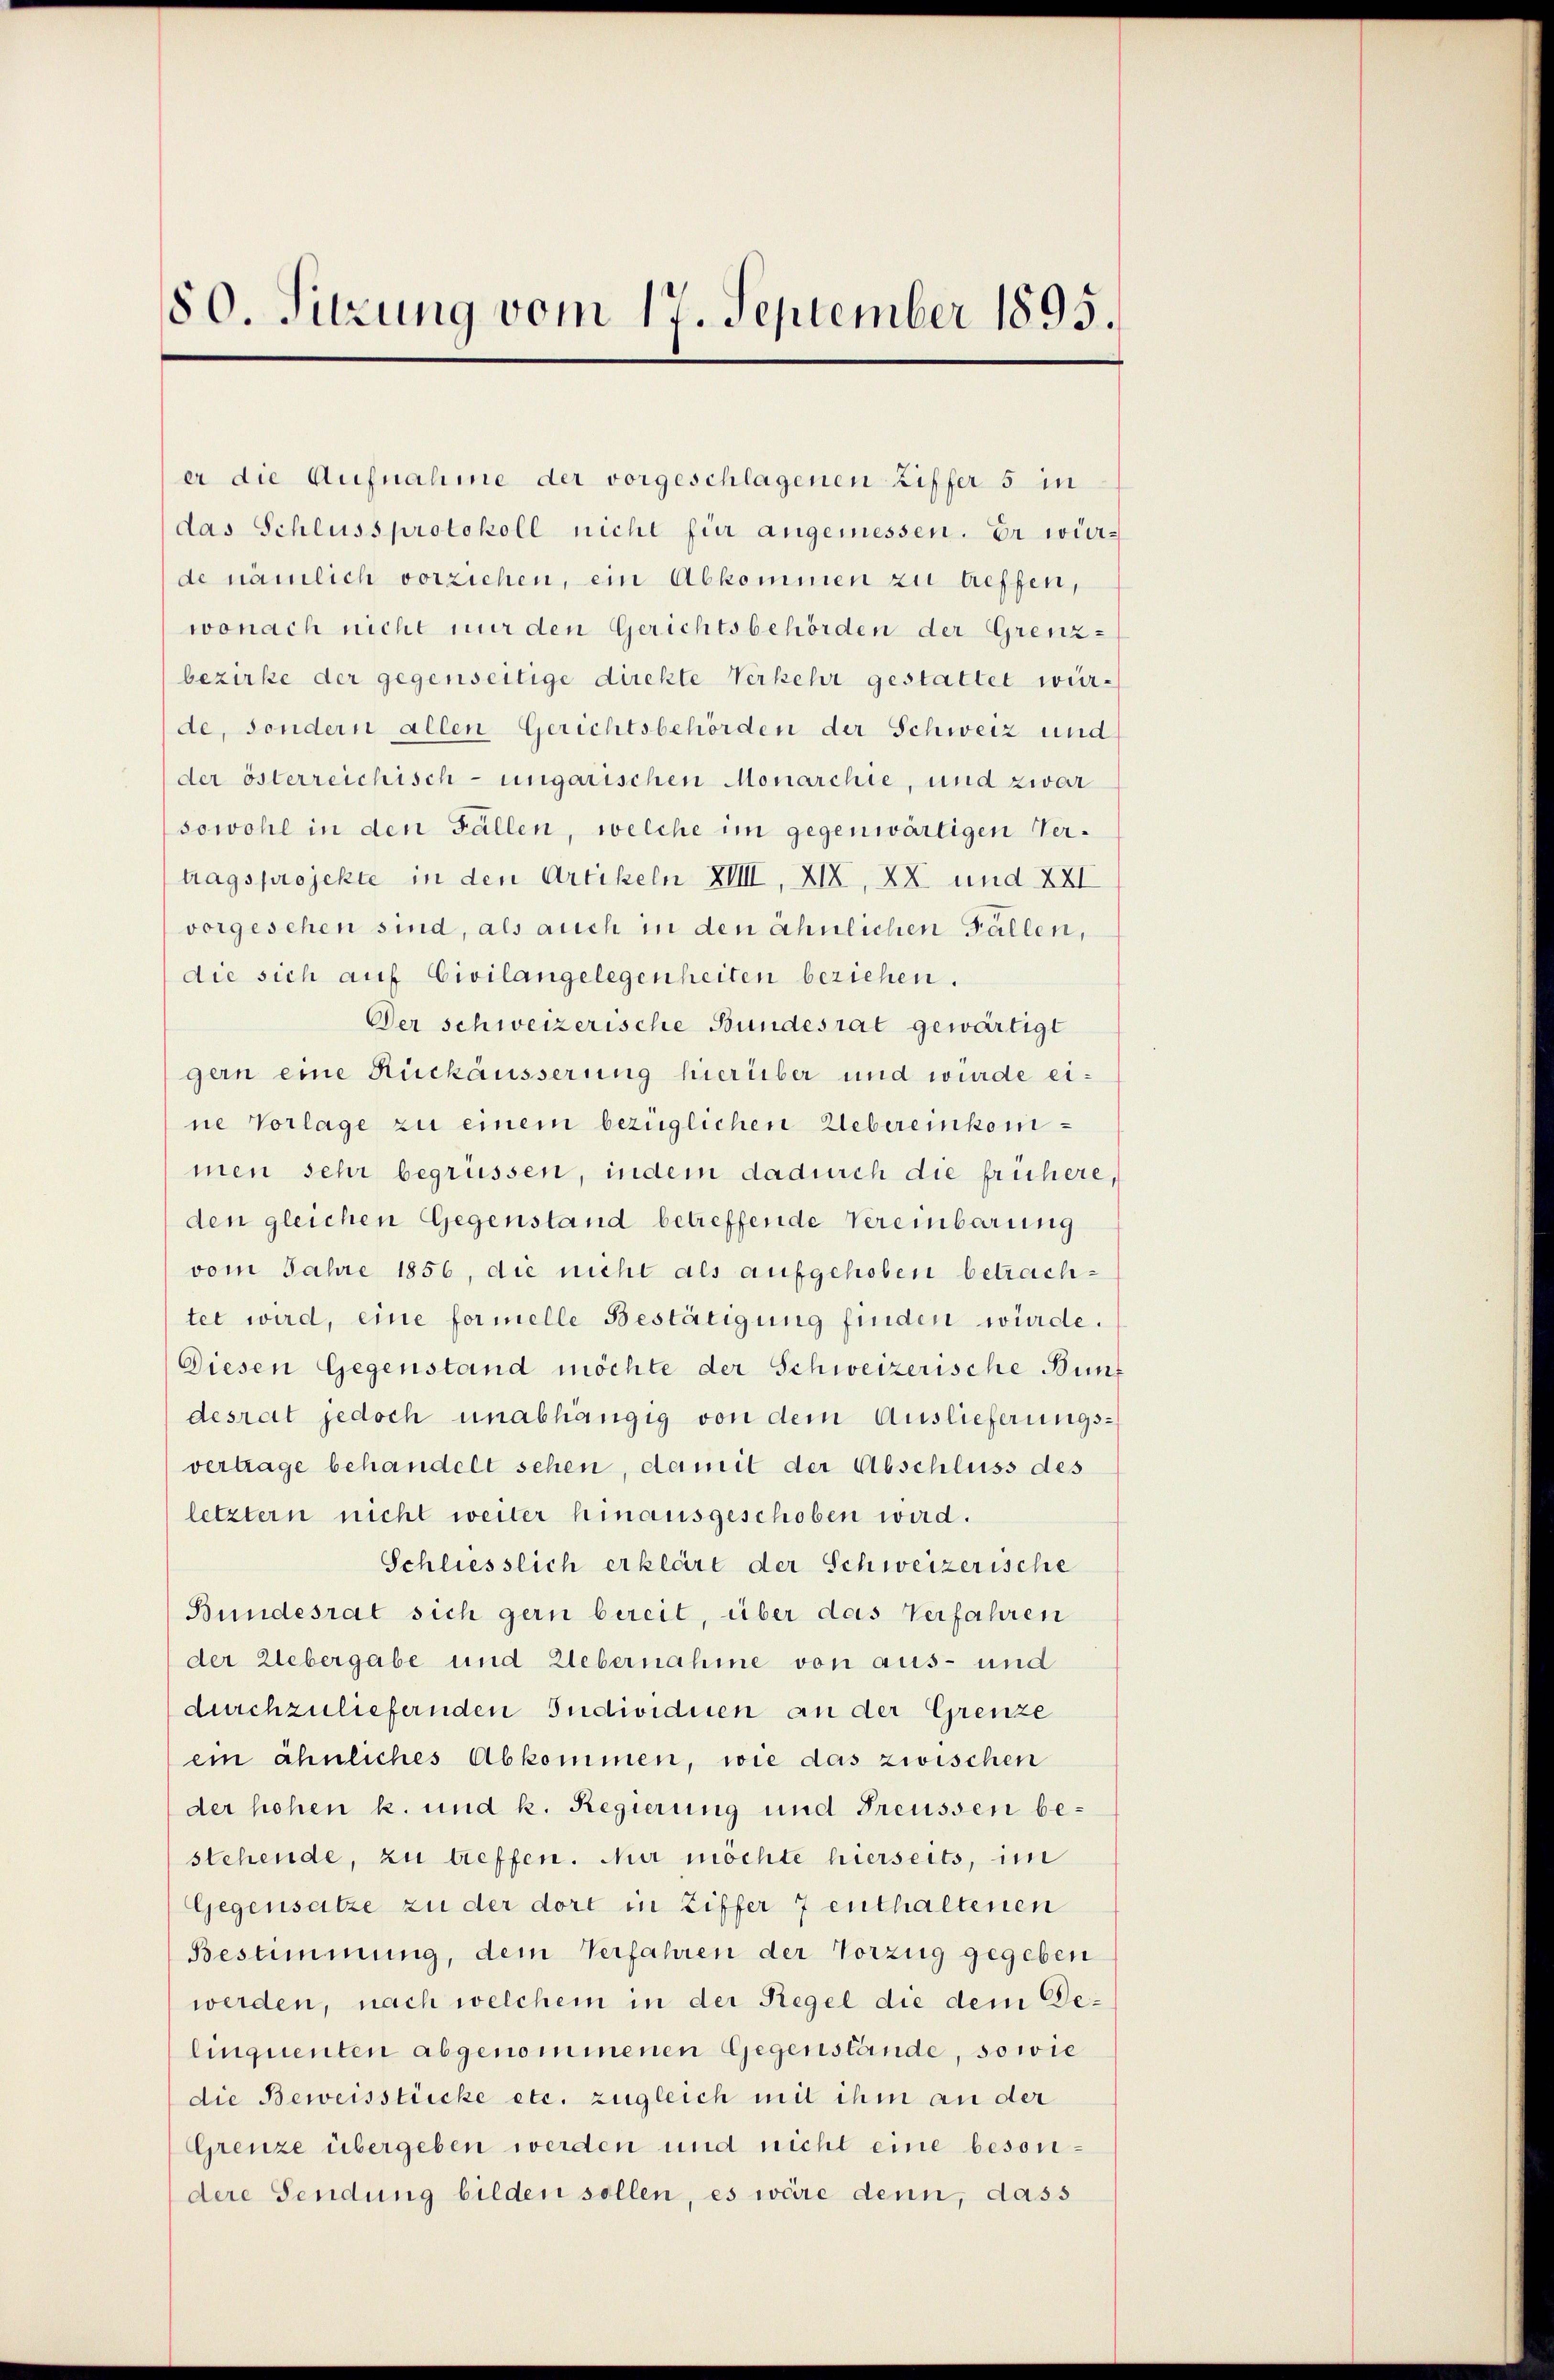
80. Sitzung vom 17. September 1895.

er die Aufnahme der vorgeschlagenen Ziffer 5 in
das Schlussprotokoll nicht für angemessen. Er würde nämlich vorziehen, ein Abkommen zu treffen,
wonach nicht nur den Gerichtsbehörden der Grenz-
bezirke der gegenseitige direkte Verkehr gestattet wür-
de, sondern allen Gerichtsbehörden der Schweiz und
der österreichisch-ungarischen Monarchte, und zwar
sowohl in den Fällen, welche im gegenwärtigen Vertragsprojekte in den Artikeln XVIII, XIX, XX und XXI
vorgesehen sind, als auch in den ähnlichen Fällen,
die sich auf Civilangelegenheiten beziehen.
Der schweizerische Bundesrat gewärtigt
gern eine Rückäusserung hierüber und wurde eine Vorlage zu einem bezüglichen Uebereinkommen sehr begrüssen, indem dadurch die frühere,
den gleichen Gegenstand betreffende Vereinbarung
vom Jahre 1856, die nicht als aufgehoben betrachtet wird, eine formelle Bestätigung finden würde.
Diesen Gegenstand möchte der Schweizerische Bünf
desrat jedoch unabhängig von dem Auslieferungsvertrage behandelt sehen, damit der Abschluss des
letztern nicht weiter hinausgeschoben wird.
Schliesslich erklärt der Schweizerische
Bundesrat sich gern bereit, über das Verfahren
der Uebergabe und Uebernahme von aus- und
durchzuliefernden Individuen an der Grenze
ein ähnliches Abkommen, wie das zwischen
der hohen k. und k. Regierung und Freussen bestehende, zu treffen. Nur möchte hierseits, im
Gegensatze zu der dort in Ziffer 7 enthaltenen
Bestimmung, dem Verfahren der Vorzug gegeben
werden, nach welchem in der Regel die dem Delinquenten abgenommenen Gegenstände, sowie
die Beweisstücke etc. zugleich mit ihm an der
Grenze übergeben werden und nicht eine besondere Sendung bilden sollen, es wäre denn, dass